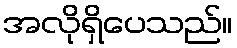
အလိုရှိပေသည်။